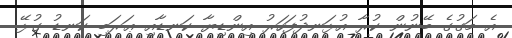
އެ މަގުގެ ބޭނުން ކުރާ އުޅަނދުފަހަރު އިންޑިޔާ ކަނޑާއި ޢަރަބި ކަނޑު ގުޅޭ